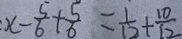
x - \frac { 5 } { 6 } + \frac { 5 } { 6 } = \frac { 1 } { 1 2 } + \frac { 1 0 } { 1 2 }